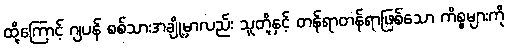
ထို့ကြောင့် ဂျပန် စစ်သားအချို့မှာလည်း သူတို့နှင့် တန်ရာတန်ရာဖြစ်သော ကိစ္စများကို